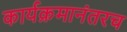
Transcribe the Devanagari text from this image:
कार्यक्रमानंतरच